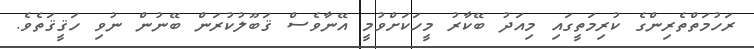
ރަހުމަތްތެރިންގެ ކުރިމަތީގައި މިއަދު ބޭކާރު މީހަކަށްވުމީ އޭނާވެސް ޤަބޫލުކުރަން ބޭނުން ނުވި ހަޤީޤަތެވެ.